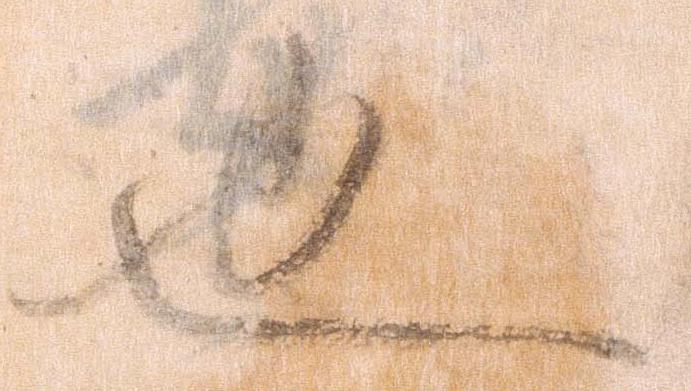
也